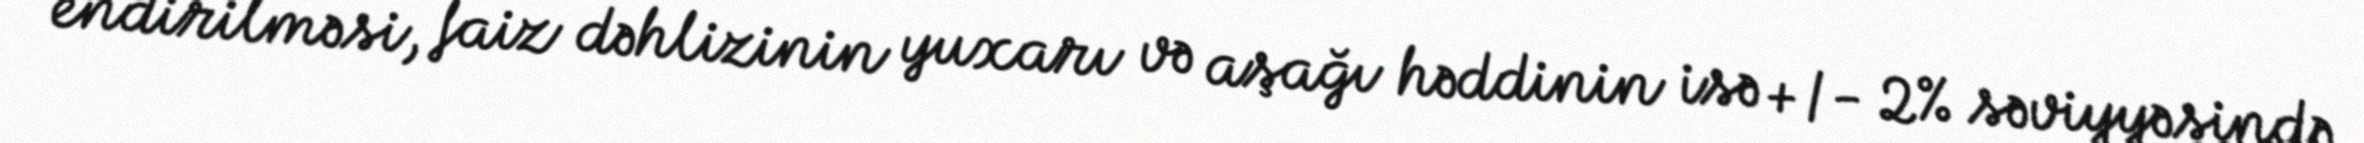
endirilməsi, faiz dəhlizinin yuxarı və aşağı həddinin isə +/- 2% səviyyəsində